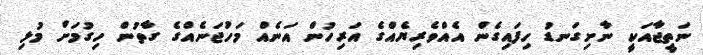
ނަތީޖާއަކީ ނާށިގަނޑު ހިފައިގެން އެއްވެރިޔެއްގެ އަރިހުން އަނެއް މަހުޖަނެއްގެ ގާތުން ހިގުމަށް މުޅި